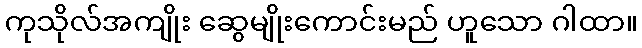
ကုသိုလ်အကျိုး ဆွေမျိုးကောင်းမည် ဟူသော ဂါထာ။